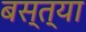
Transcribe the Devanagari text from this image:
बस्त्या